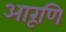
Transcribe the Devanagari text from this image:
आरूणि